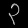
Digit: ၃